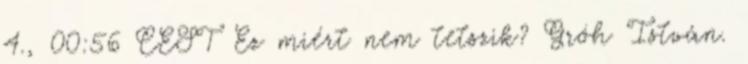
4., 00:56 CEST Ez miért nem tetszik? Gróh István.